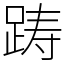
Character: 踌